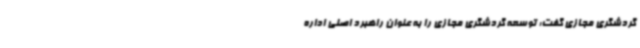
گردشگری مجازی گفت: توسعه گردشگری مجازی را به عنوان راهبرد اصلی اداره